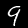
Digit: 9